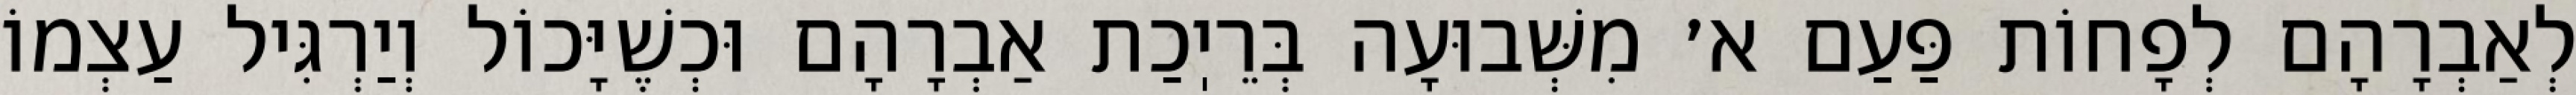
לְאַבְרָהָם לְפָחוֹת פַּעַם א׳ מִשְּׁבוּעָה בְּרֵיֽכַת אַבְרָהָם וּכְשֶׁיָּכוֹל וְיַרְגִּיל עַצְמוֹ